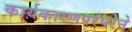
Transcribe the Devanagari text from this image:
कार्यकारणपरंपरेने